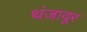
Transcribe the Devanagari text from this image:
थंजावूर